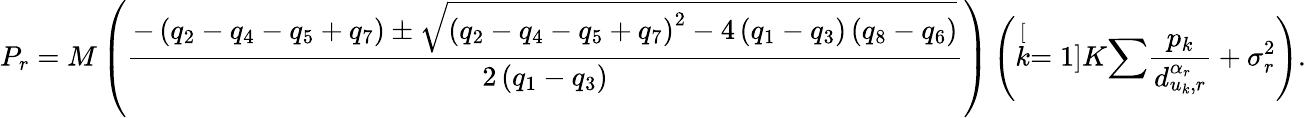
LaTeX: P_{r}=M\left(\frac{-\left(q_{2}-q_{4}-q_{5}+q_{7}\right)\pm\sqrt{\left(q_{2}-q_{4}-q_{5}+q_{7}\right)^{2}-4\left(q_{1}-q_{3}\right)\left(q_{8}-q_{6}\right)}}{2\left(q_{1}-q_{3}\right)}\right)\left(\stackrel[k=1]{K}{\sum}\frac{p_{k}}{d_{u_{k},r}^{\alpha_{r}}}+\sigma_{r}^{2}\right).